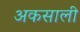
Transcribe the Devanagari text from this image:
अकसाली